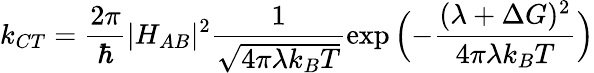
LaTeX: k_{CT}=\frac{2\pi}{\hbar}|H_{AB}|^{2}\frac{1}{\sqrt{4\pi\lambda k_{B}T}}\exp{\Bigl(-\frac{(\lambda+\Delta G)^{2}}{4\pi\lambda k_{B}T}}\Bigr)